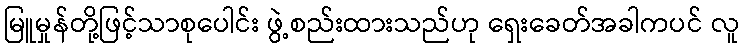
မြူမှုန်တို့ဖြင့်သာစုပေါင်း ဖွဲ့စည်းထားသည်ဟု ရှေးခေတ်အခါကပင် လူ